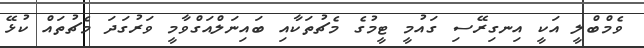
ވެމްބްލީ އަކީ އިނގިރޭސި ގައުމީ ޓީމުގެ މެޗުތަކާއި ބައިނަލްއަގްވާމީ ވަރުގަދަ މެޗުތައް ކުޅޭ